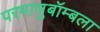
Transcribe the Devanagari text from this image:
परमाणुबॉम्बला